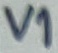
Text: V1